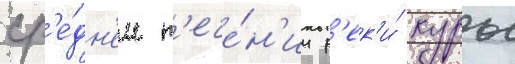
ср'е́дн'ем т'ече́н'ии р'ек'и́ куры